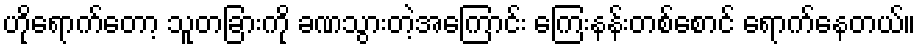
ဟိုရောက်တော့ သူတခြားကို ခဏသွားတဲ့အကြောင်း ကြေးနန်းတစ်စောင် ရောက်နေတယ်။